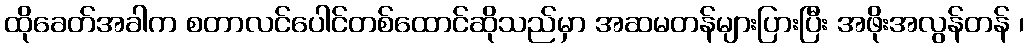
ထိုခေတ်အခါက စတာလင်ပေါင်တစ်ထောင်ဆိုသည်မှာ အဆမတန်များပြားပြီး အဖိုးအလွန်တန် ၊